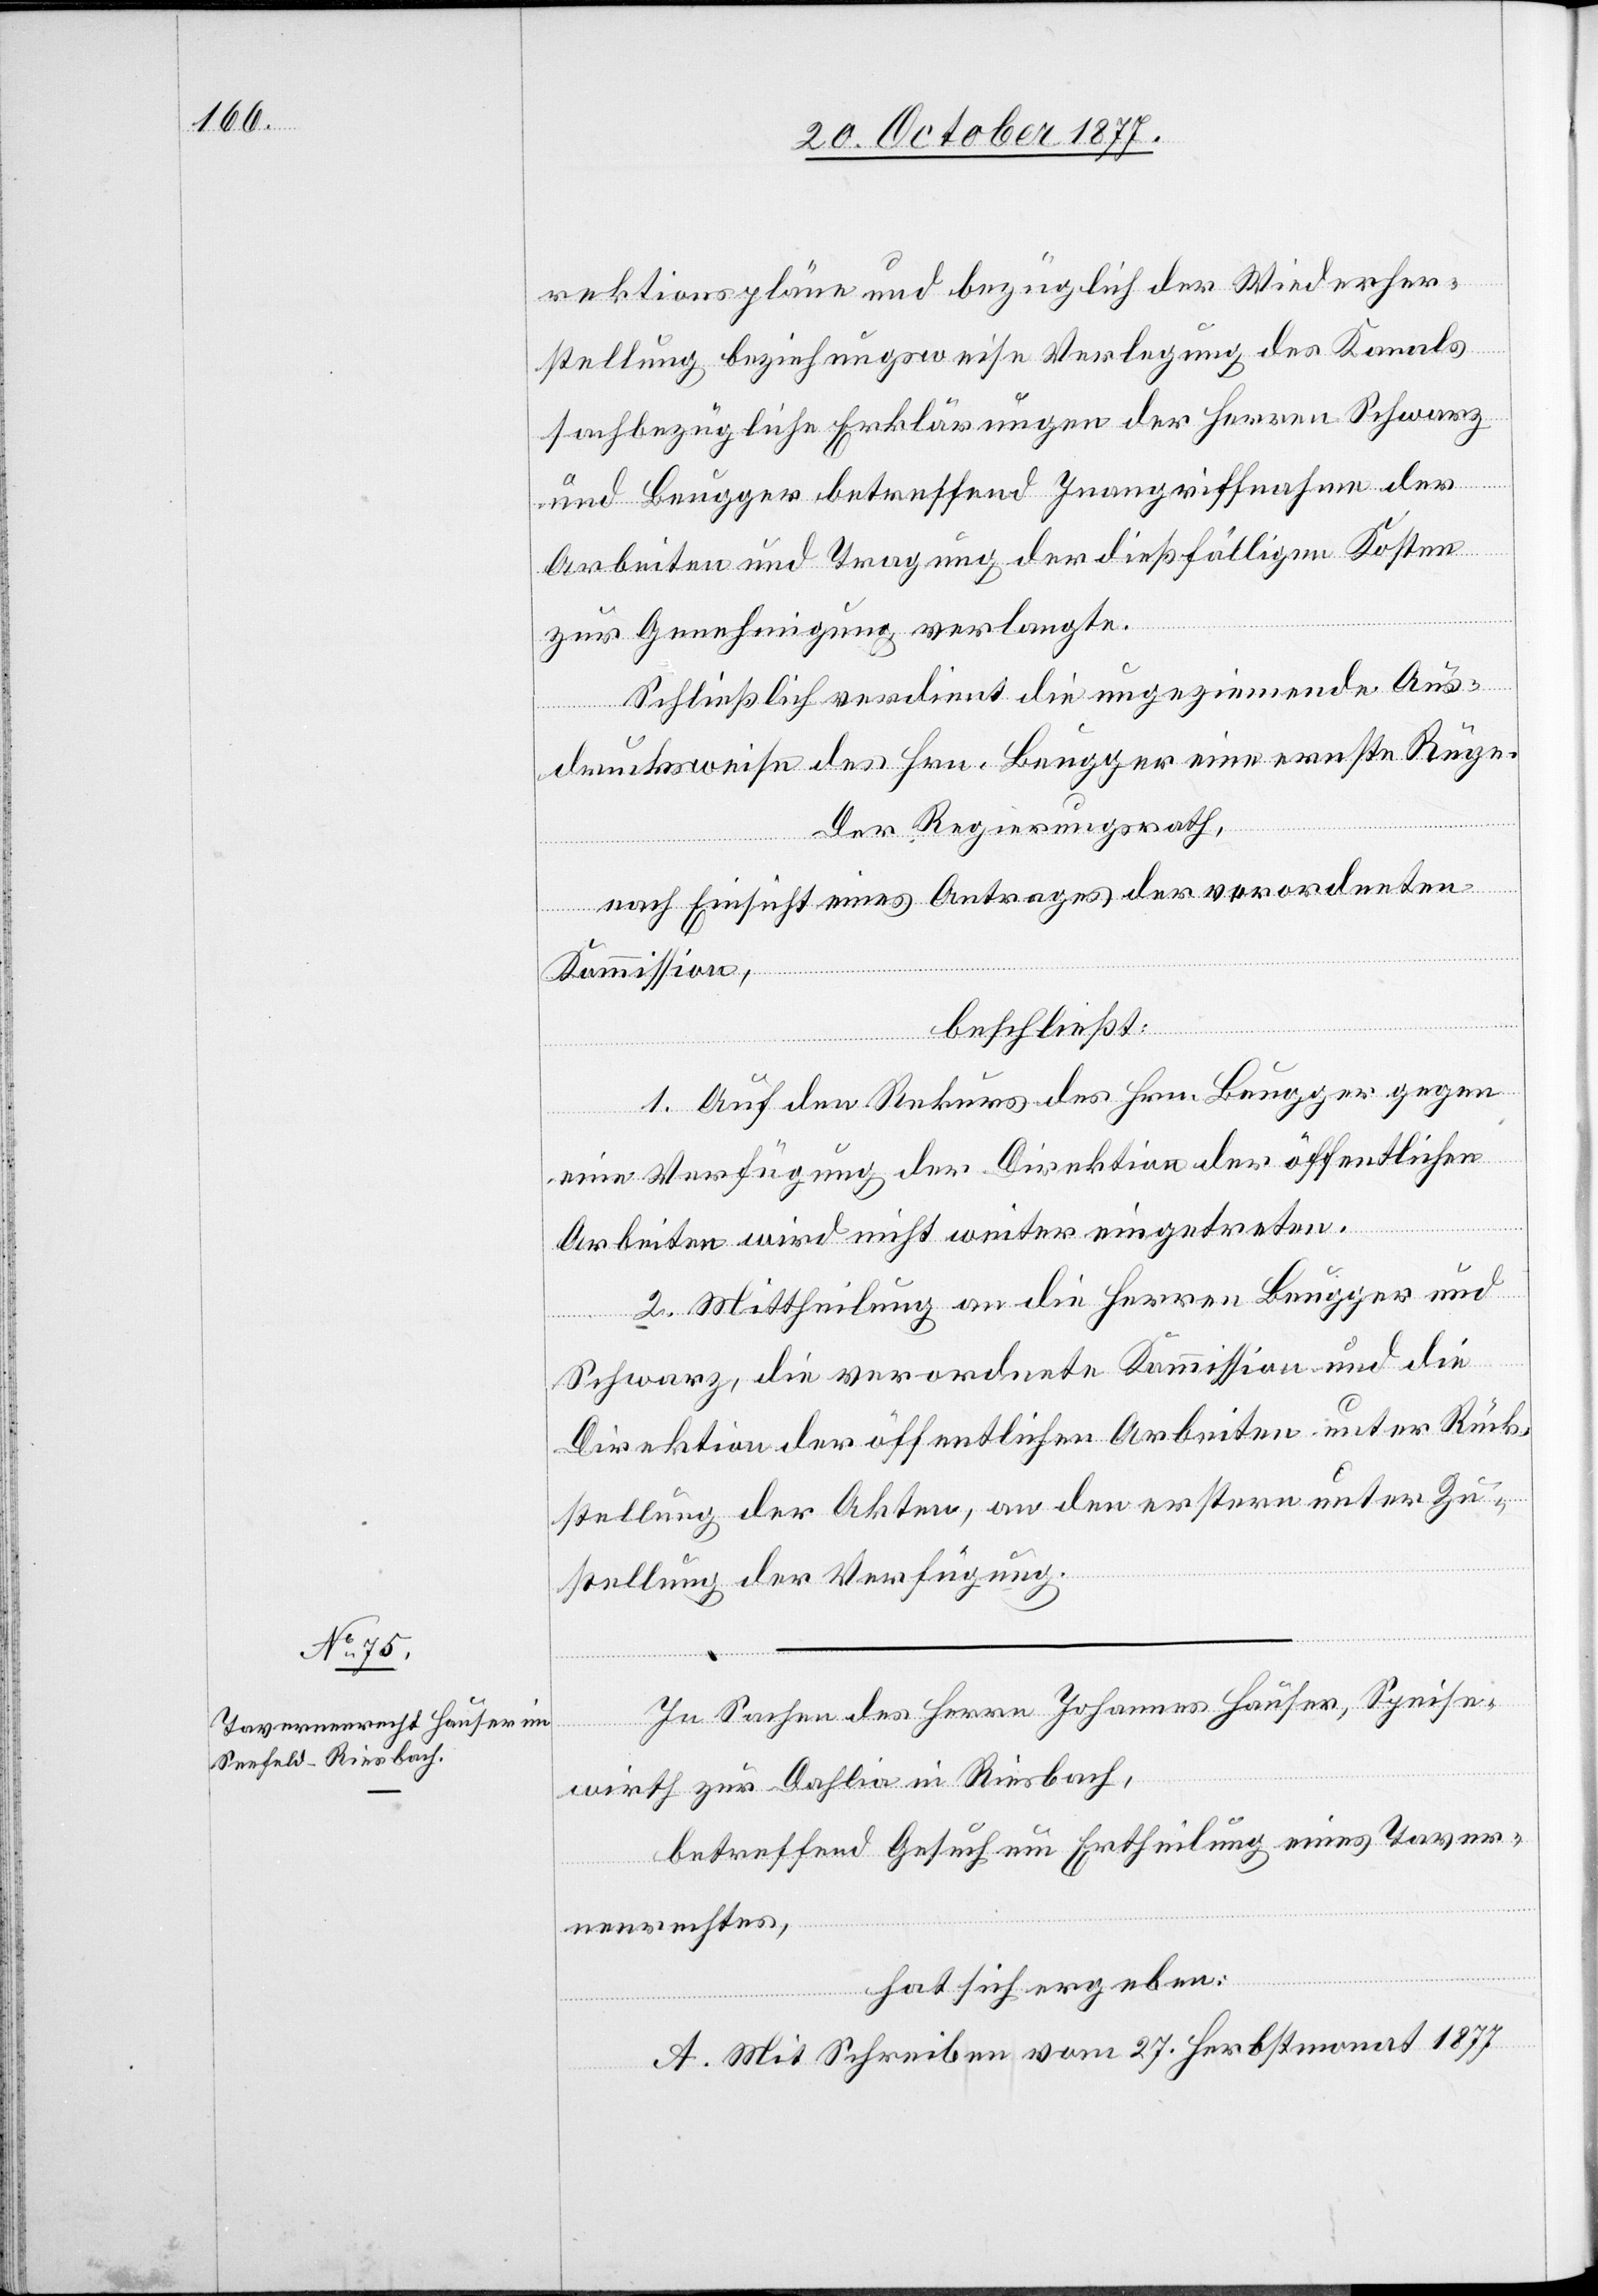
rektionspläne und bezüglich der Wiederher¬
stellung beziehungsweise Verlegung des Kanals
sachbezügliche Erklärungen der Herren Schwarz
und Beugger betreffend Inangriffnahme der
Arbeiten und Tragung der dießfälligen Kosten
zur Genehmigung verlangte.
Schließlich verdient die ungeziemende Aus¬
drucksweise des Hrn. Beugger eine ernste Rüge.
Der Regierungsrath,
nach Einsicht eines Antrages der verordneten
Kommission,
beschließt:
1. Auf den Rekurs des Hrn. Beugger gegen
eine Verfügung der Direktion der öffentlichen
Arbeiten wird nicht weiter eingetreten.
2. Mittheilung an die Herren Beugger und
Schwarz, die verordnete Kommission und die
Direktion der öffentlichen Arbeiten unter Rück¬
stellung der Akten, an den erstern unter Zu¬
stellung der Verfügung.
In Sachen des Herrn Johannes Hauser, Speise¬
wirth zur Dahlia in Riesbach,
betreffend Gesuch um Ertheilung eines Taver¬
nenrechtes,
hat sich ergeben:
A. Mit Schreiben vom 27. Herbstmonat 1877